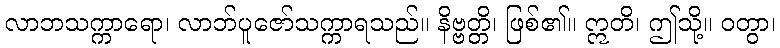
လာဘသက္ကာရော၊ လာဘ်ပူဇော်သက္ကာရသည်။ နိဗ္ဗတ္တိ၊ ဖြစ်၏။ ဣတိ၊ ဤသို့။ ဝတွာ၊